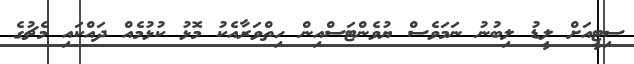
ސިޓީއަށް ލީޑު ލިބުނު ނަމަވެސް ޔުވެންޓަސްއިން ހިތްވަރާއެކު މޮޅު ކުޅުމެއް ދައްކައި މެޗުގެ